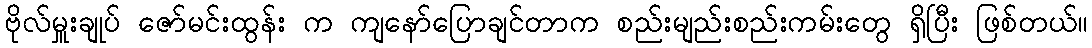
ဗိုလ်မှူးချုပ် ဇော်မင်းထွန်း က ကျနော်ပြောချင်တာက စည်းမျည်းစည်းကမ်းတွေ ရှိပြီး ဖြစ်တယ်။